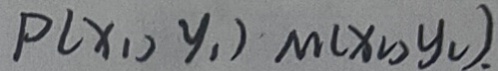
P ( x _ { 1 } , y _ { 1 } ) M ( x _ { 2 } , y _ { 2 } ) .